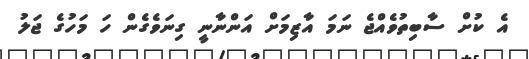
އެ ކުށް ސާބިތުވެއްޖެ ނަމަ އާޒިމަށް އަންނާނީ ގިނަވެގެން ހަ މަހުގެ ޖަލު